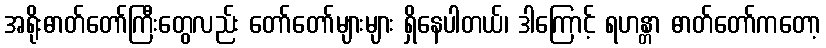
အရိုးဓာတ်တော်ကြီးတွေလည်း တော်တော်များများ ရှိနေပါတယ်၊ ဒါကြောင့် ရဟန္တာ ဓာတ်တော်ကတော့